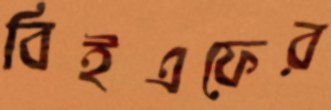
বিইএফের